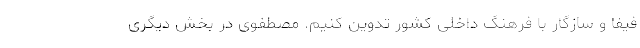
فیفا و سازگار با فرهنگ داخلی کشور تدوین کنیم. مصطفوی در بخش دیگری